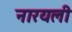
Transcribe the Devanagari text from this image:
नारयली